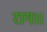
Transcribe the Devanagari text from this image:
राग।।